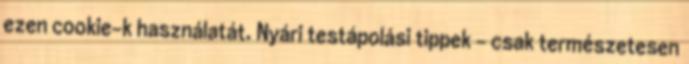
ezen co­o­kie-k hasz­ná­la­tát. Nyári testápolási tippek - csak természetesen